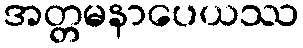
အတ္တမနာပေယဿ